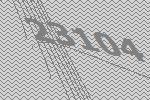
23104